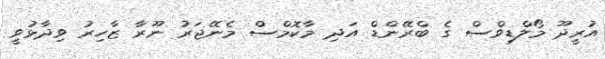
އުުރީދޫ މޯލްޑިވްސް ގެ ބްރޭންޑް އަދި މާކޮމްސް މެނޭޖަރު ނޫރާ ޒާހިރު ވިދާޅުވީ